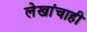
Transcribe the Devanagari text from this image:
लेखांचाही